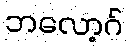
ဘလော့ဂ်